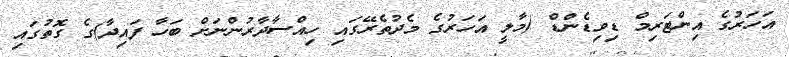
އަހަރުގެ އިންޓަރިމް ޑިވިޑެންޑް (މާލީ އަހަރުގެ މެދުތެރޭގައި ހިއްސާދާރުންނަށް ބަހާ ފައިދާ)ގެ ގޮތުގައި